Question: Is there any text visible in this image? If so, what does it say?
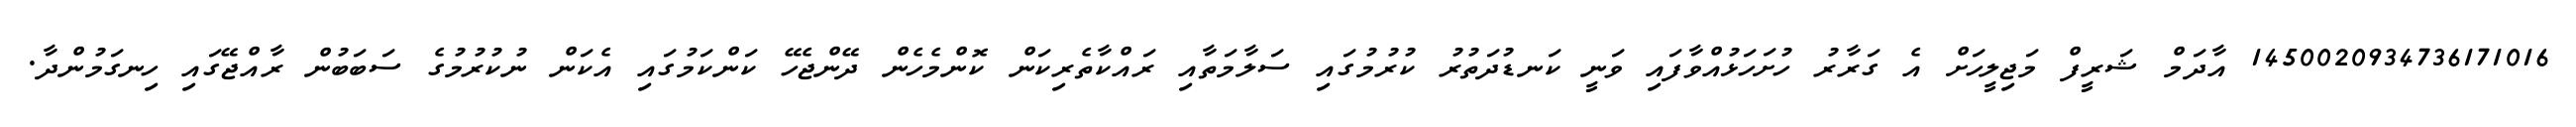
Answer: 1450020934736171016 އާދަމް ޝަރީފް މަޖިލީހަށް އެ ގަރާރު ހުށަހަޅުއްވާފައި ވަނީ ކަނޑުދަތުރު ކުރުމުގައި ސަލާމަތާއި ރައްކާތެރިކަން ކޮންމެހެން ދޭންޖެހޭ ކަންކަމުގައި އެކަން ނުކުރުމުގެ ސަބަބުން ރާއްޖޭގައި ހިނގަމުންދާ.